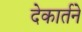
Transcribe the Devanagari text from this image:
देकार्तने